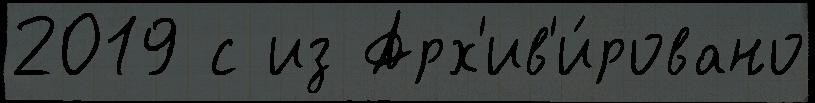
2019 с из Арх'ив'и́ровано